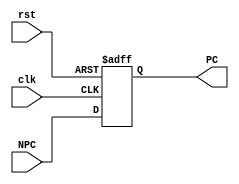
module PC( clk, rst, NPC, PC);
  //receive addr form NPC and provide addr for NPC
   input         clk;
   input         rst;
   input  [31:2] NPC;//dealt data from NPC
   output [31:2] PC; //use high 30 to avoid add 4, sll 2
   
   reg [31:2] PC;
   reg [1:0] tmp;
               
   always @(posedge clk or posedge rst) begin
      if ( rst ) 
         {PC, tmp} <= 32'h0000_3000;   
      else
         PC <= NPC;
   end // end always  
          
endmodule